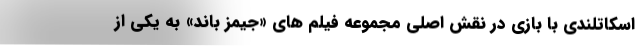
اسکاتلندی با بازی در نقش اصلی مجموعه فیلم های «جیمز باند» به یکی از